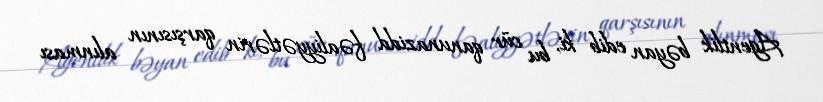
Agentlik bəyan edib ki, bu cür qanunazidd fəaliyyətlərin qarşısının alınması